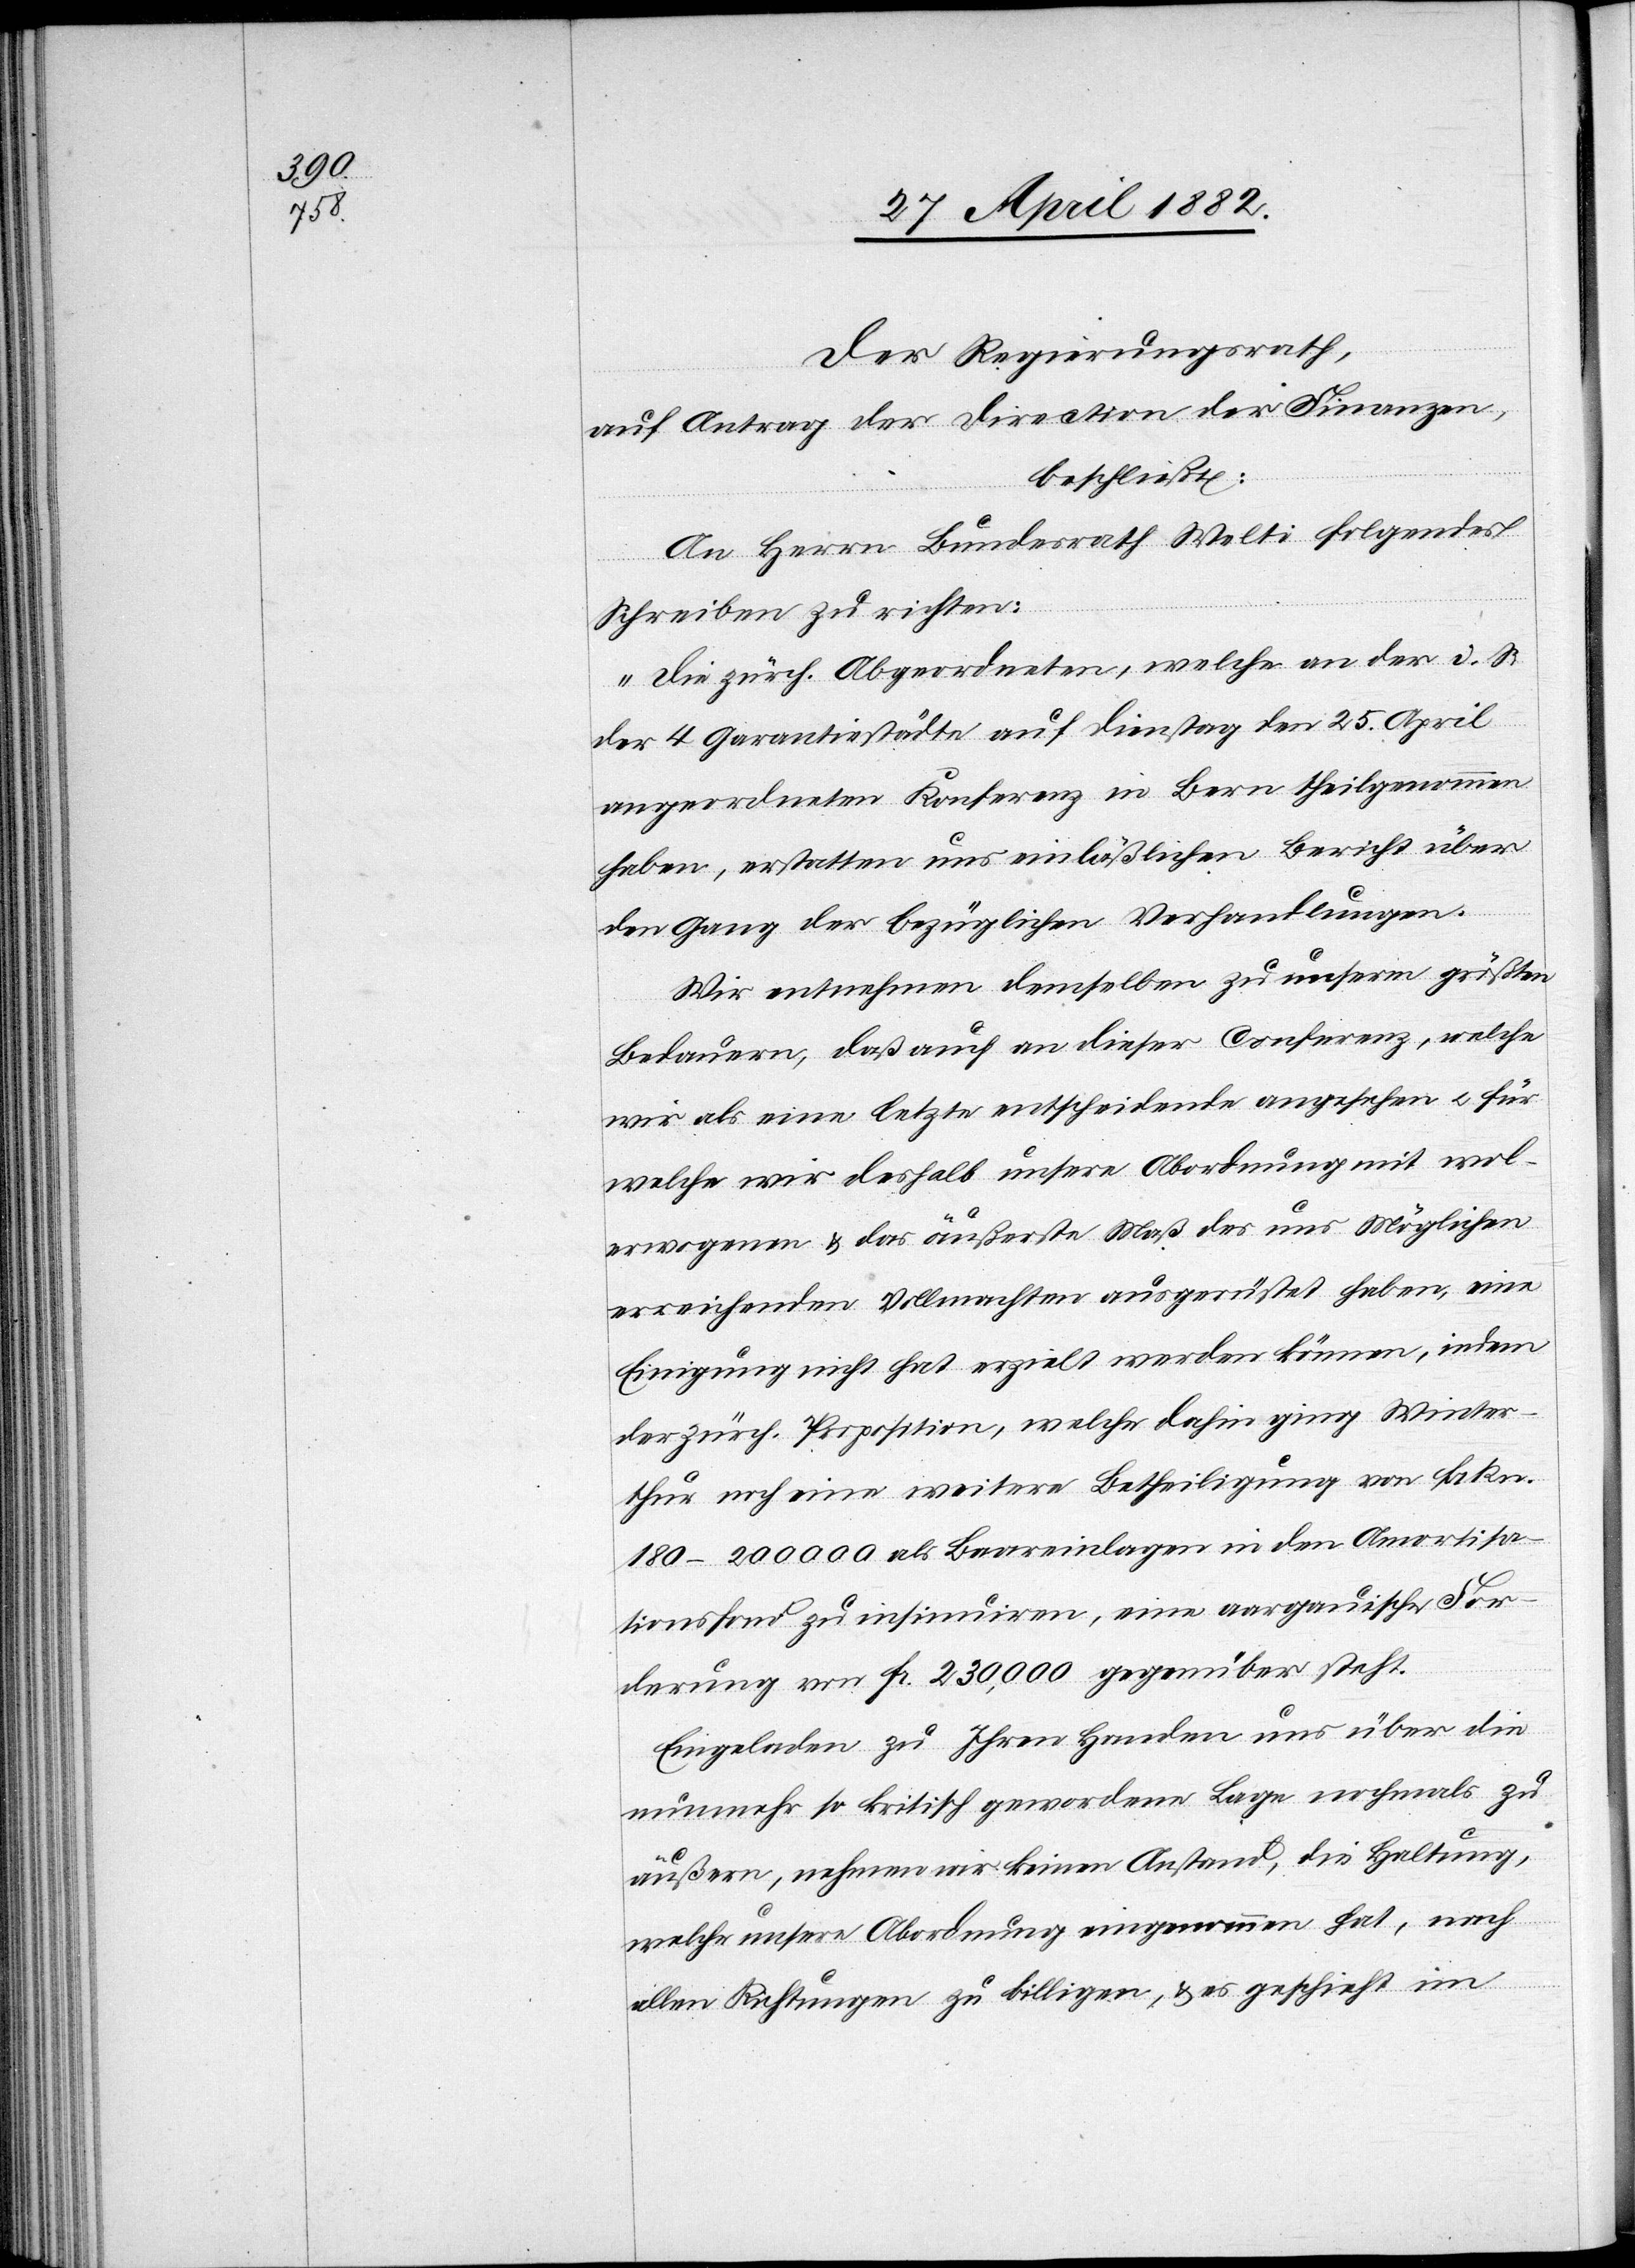
Der Regierungsrath,
auf Antrag der Direction der Finanzen,
beschließt:
An Herrn Bundesrath Welti folgendes
Schreiben zu richten:
„Die zürch. Abgeordneten, welche an der i. S.
der 4 Garantiestädte auf Dienstag den 25. April
angeordneten Konferenz in Bern theilgenommen
haben, erstatten uns einläßlichen Bericht über
den Gang der bezüglichen Verhandlungen.
Wir entnehmen demselben zu unserm größten
Bedauern, daß auch an dieser Conferenz, welche
wir als eine letzte entscheidende angesehen u. für
welche wir deshalb unsere Abordnung mit wol¬
erwogenen & das äußerste Maß des uns Möglichen
erreichenden Vollmachten ausgerüstet haben, eine
Einigung nicht hat erzielt werden können, indem
der zürch. Proposition, welche dahin ging Winter¬
thur noch eine weitere Betheiligung von Frkn.
180–200 000 als Baareinlagen in den Amorisa¬
tionsfond zu insinuiren, eine aargauische For¬
derung von Fr. 230,000 gegenüber steht.
Eingeladen zu ihren Handen uns über die
nunmehr so kritisch gewordene Lage nochmals zu
äußern, nehmen wir keinen Anstand, die Haltung,
welche unsere Abordnung eingenommen hat, nach
allen Richtungen zu billigen, & es geschieht im